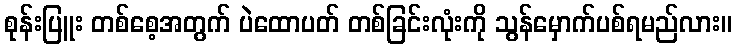
စုန်းပြူး တစ်စေ့အတွက် ပဲထောပတ် တစ်ခြင်းလုံးကို သွန်မှောက်ပစ်ရမည်လား။